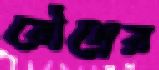
রৌদ্রের